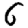
Digit: 6